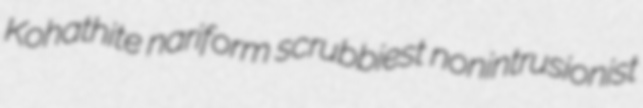
Kohathite nariform scrubbiest nonintrusionist